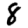
Digit: 8